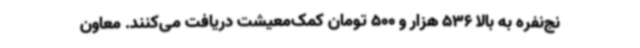
نج‌نفره به بالا 536 هزار و 500 تومان کمک‌معیشت دریافت می‌کنند. معاون